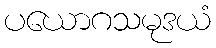
ပယောဂသမုဒယံ